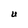
Character: U